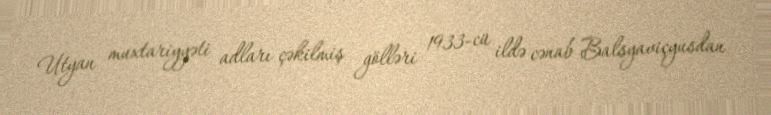
Utyan muxtariyyəti adları çəkilmiş gölləri 1933-cü ildə cənab Balsyaviçyusdan